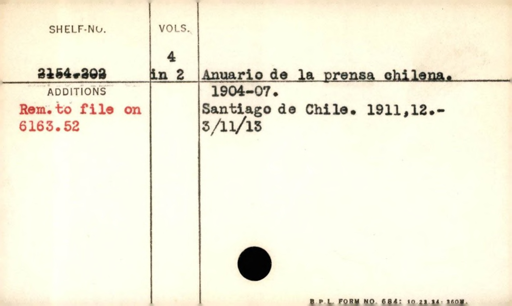
Label: content